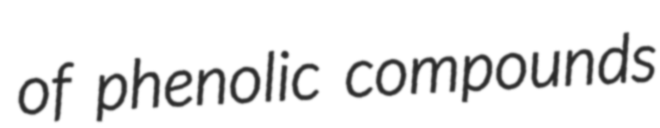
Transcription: of phenolic compounds